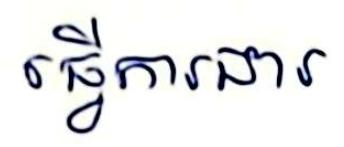
ធ្វើការងារ